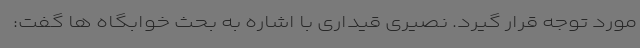
مورد توجه قرار گیرد. نصیری قیداری با اشاره به بحث خوابگاه ها گفت: